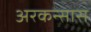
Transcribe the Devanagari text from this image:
अरकन्‍सास